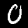
Digit: 0